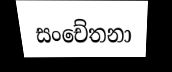
සංචේතනා